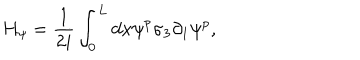
H _ { \psi } = \frac { 1 } { 2 i } \int _ { 0 } ^ { L } d x \psi ^ { p } \sigma _ { 3 } \partial _ { 1 } \psi ^ { p } ,